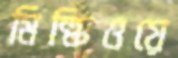
মিল্কিওয়ে